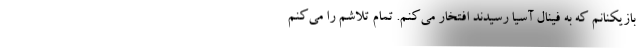
بازیکنانم که به فینال آسیا رسیدند افتخار می‌کنم. تمام تلاشم را می‌کنم